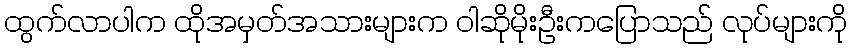
ထွက်လာပါက ထိုအမှတ်အသားများက ဝါဆိုမိုးဦးကပြောသည် လုပ်များကို